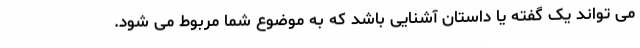
می تواند یک گفته یا داستان آشنایی باشد که به موضوع شما مربوط می شود.